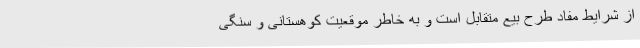
از شرایط مفاد طرح بیع متقابل است و به خاطر موقعیت کوهستانی و سنگی